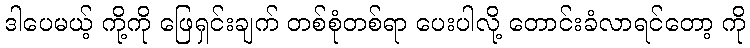
ဒါပေမယ့် ကို့ကို ဖြေရှင်းချက် တစ်စုံတစ်ရာ ပေးပါလို့ တောင်းခံလာရင်တော့ ကို